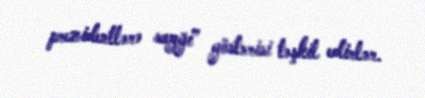
prezidentlərə sayğı” göstərisi təşkil edirlər.